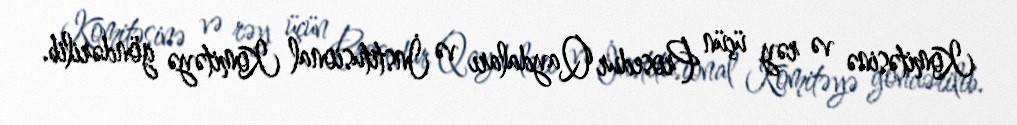
Komitəsinə və rəy üçün Prosedur Qaydaları və İnstitusional Komitəyə göndərilib.